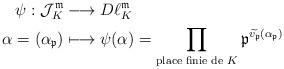
LaTeX: \begin{align*}\psi : \mathcal{J}_{K}^{ \mathfrak{m}} &\longrightarrow D\ell_{K}^{ \mathfrak{m}} \\ \alpha=(\alpha_{\mathfrak{p}}) &\longmapsto \psi(\alpha)=\prod_{\textrm{place finie de $K$}}\mathfrak{p}^{\widetilde{v_{\mathfrak{p}}}(\alpha_{\mathfrak{p}})}\end{align*}